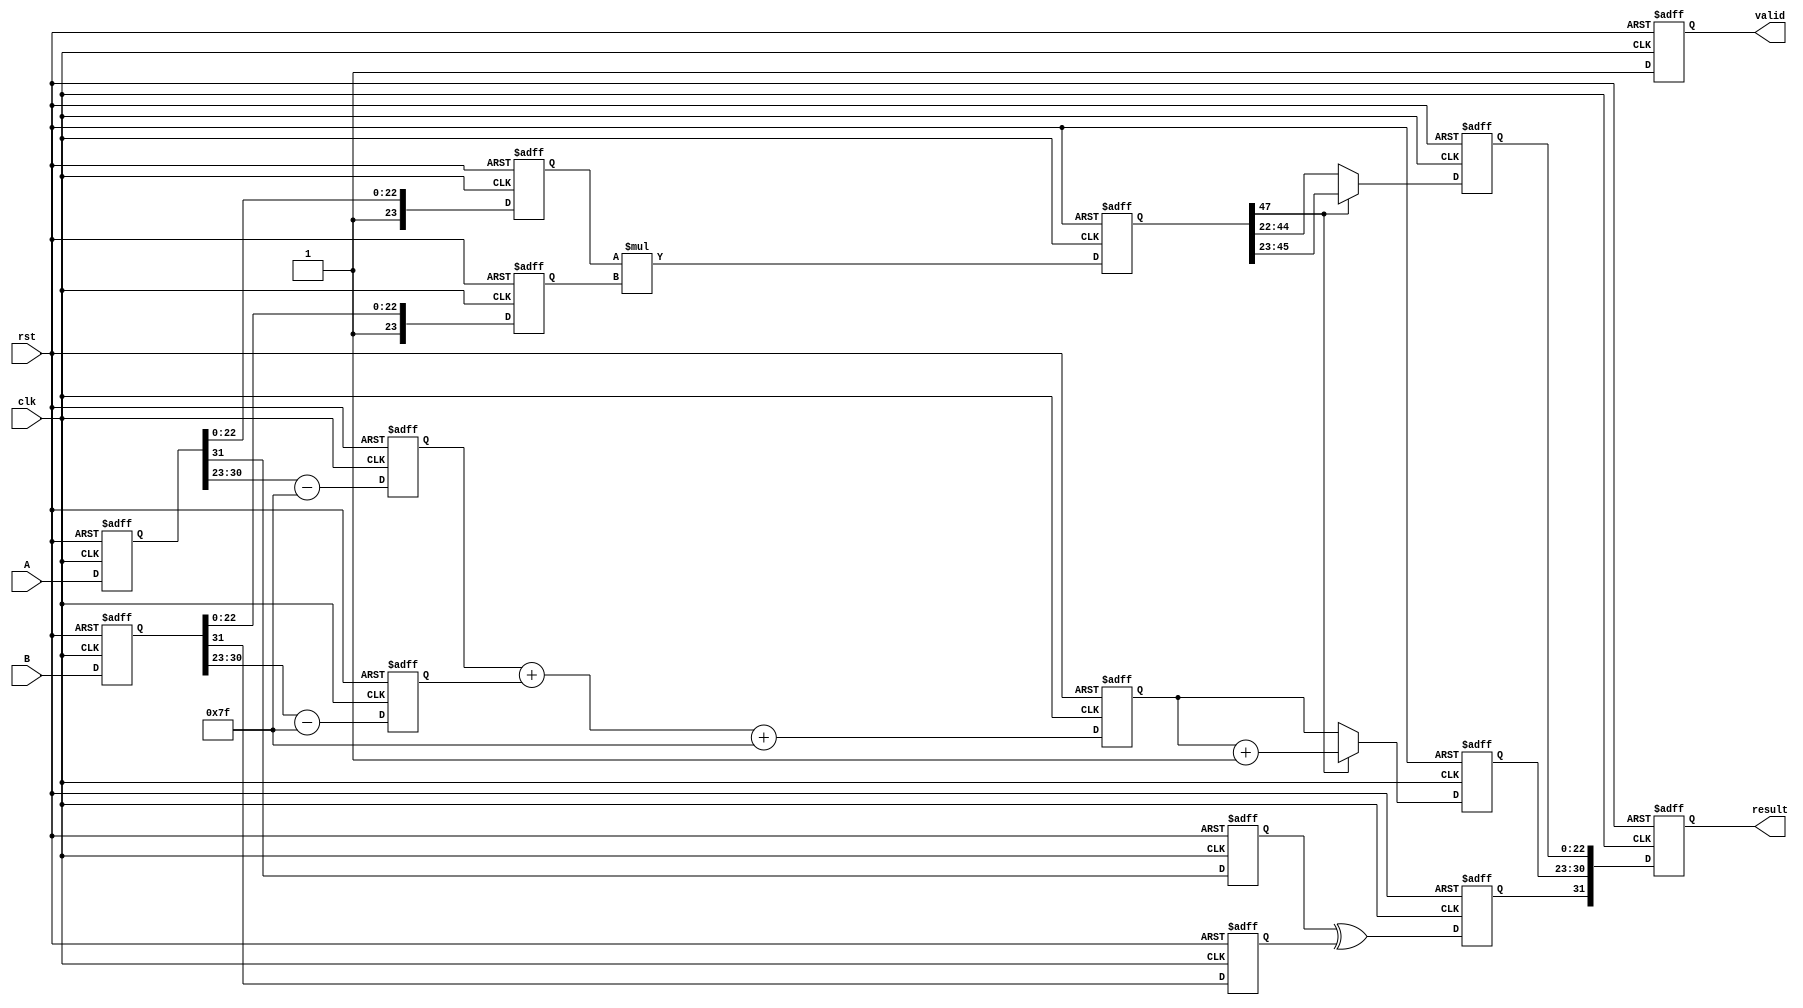
module pipelined_fp_multiplier (
    input wire clk,
    input wire rst,
    input wire [31:0] A,
    input wire [31:0] B,
    output reg [31:0] result,
    output reg valid // Indicates when the result is valid
);

    // Intermediate signals
    reg [31:0] stage1_A, stage1_B;
    reg [23:0] mantissa_A, mantissa_B;
    reg [7:0] exponent_A, exponent_B;
    reg sign_A, sign_B;
    reg [47:0] product_mantissa;
    reg [8:0] product_exponent;
    reg [23:0] final_mantissa;
    reg [7:0] final_exponent;
    reg final_sign;

    // Stage 1: Input Registration
    always @(posedge clk or posedge rst) begin
        if (rst) begin
            stage1_A <= 32'b0;
            stage1_B <= 32'b0;
        end else begin
            stage1_A <= A;
            stage1_B <= B;
        end
    end

    // Stage 2: Mantissa Normalization
    always @(posedge clk or posedge rst) begin
        if (rst) begin
            mantissa_A <= 24'b0;
            mantissa_B <= 24'b0;
            exponent_A <= 8'b0;
            exponent_B <= 8'b0;
            sign_A <= 1'b0;
            sign_B <= 1'b0;
        end else begin
            mantissa_A <= {1'b1, stage1_A[22:0]}; // Implicit leading 1
            mantissa_B <= {1'b1, stage1_B[22:0]}; // Implicit leading 1
            exponent_A <= stage1_A[30:23] - 8'd127; // Remove bias
            exponent_B <= stage1_B[30:23] - 8'd127; // Remove bias
            sign_A <= stage1_A[31];
            sign_B <= stage1_B[31];
        end
    end

    // Stage 3: Mantissa Multiplication
    always @(posedge clk or posedge rst) begin
        if (rst) begin
            product_mantissa <= 48'b0;
        end else begin
            product_mantissa <= mantissa_A * mantissa_B; // Multiply mantissas
        end
    end

    // Stage 4: Exponent Addition
    always @(posedge clk or posedge rst) begin
        if (rst) begin
            product_exponent <= 9'b0;
        end else begin
            product_exponent <= exponent_A + exponent_B + 8'd127; // Add exponents and bias
        end
    end

    // Stage 5: Result Normalization and Output Registration
    always @(posedge clk or posedge rst) begin
        if (rst) begin
            final_mantissa <= 24'b0;
            final_exponent <= 8'b0;
            final_sign <= 1'b0;
            result <= 32'b0;
            valid <= 1'b0;
        end else begin
            // Normalize product_mantissa
            if (product_mantissa[47]) begin
                final_mantissa <= product_mantissa[46:23]; // Shift right
                final_exponent <= product_exponent + 1; // Adjust exponent
            end else begin
                final_mantissa <= product_mantissa[45:22]; // Keep as is
                final_exponent <= product_exponent; // No adjustment
            end

            // Assemble result
            final_sign <= sign_A ^ sign_B; // XOR for sign
            result <= {final_sign, final_exponent[7:0], final_mantissa[22:0]};
            valid <= 1'b1; // Set valid signal
        end
    end

endmodule